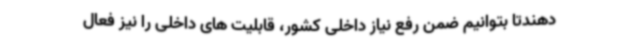
دهندتا بتوانیم ضمن رفع نیاز داخلی کشور، قابلیت های داخلی را نیز فعال